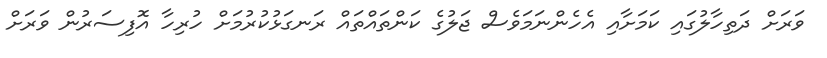
ވަރަށް ދަތިހާލުގައި ކަމަށާއި އެހެންނަމަވެސް ޖަލުގެ ކަންތައްތައް ރަނގަޅުކުރުމަށް ހުރިހާ އޮފިސަރުން ވަރަށް